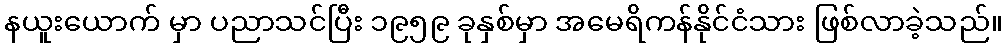
နယူးယောက် မှာ ပညာသင်ပြီး ၁၉၅၉ ခုနှစ်မှာ အမေရိကန်နိုင်ငံသား ဖြစ်လာခဲ့သည်။